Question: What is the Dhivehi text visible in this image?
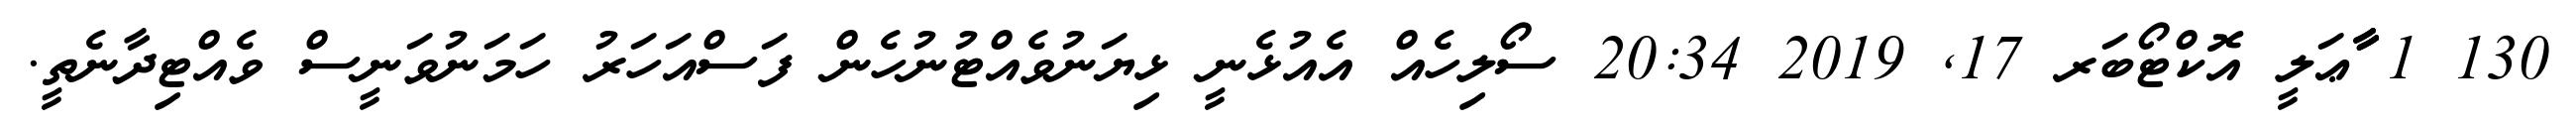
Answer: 130 1 ާާާޢަލީ އޮކްޓޯބަރ 17, 2019 20:34 ސޯލިހެއް އެއުޅެނީ ޅިޔަނުވެއްޓުނުހެން ފަސްއަހަރު ހަމަނުވަނީސް ވެއްޓިދާނެތީ.